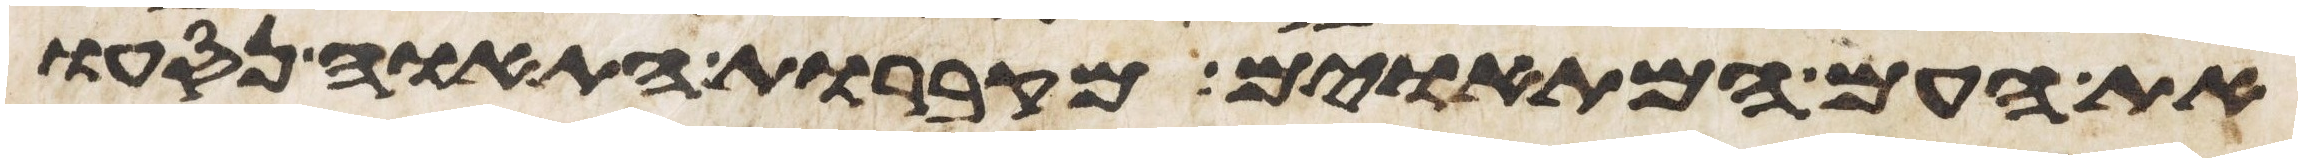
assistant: את העם המתאוים מקברות התאוה נסעו